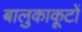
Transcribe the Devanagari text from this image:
बालुकाकूटों